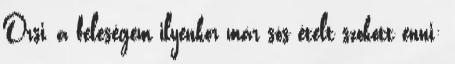
Orsi, a feleségem ilyenkor már sós ételt szokott enni: